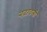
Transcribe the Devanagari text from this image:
बढ़ावली